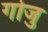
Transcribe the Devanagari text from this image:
गोजु